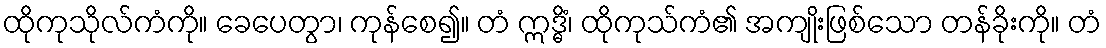
ထိုကုသိုလ်ကံကို။ ခေပေတွာ၊ ကုန်စေ၍။ တံ ဣဒ္ဓိံ၊ ထိုကုသ်ကံ၏ အကျိုးဖြစ်သော တန်ခိုးကို။ တံ